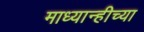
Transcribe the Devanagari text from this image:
माध्यान्हीच्या